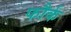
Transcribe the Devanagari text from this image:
फौर्क